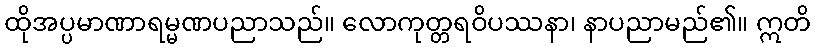
ထိုအပ္ပမာဏာရမ္မဏပညာသည်။ လောကုတ္တရဝိပဿနာ၊ နာပညာမည်၏။ ဣတိ